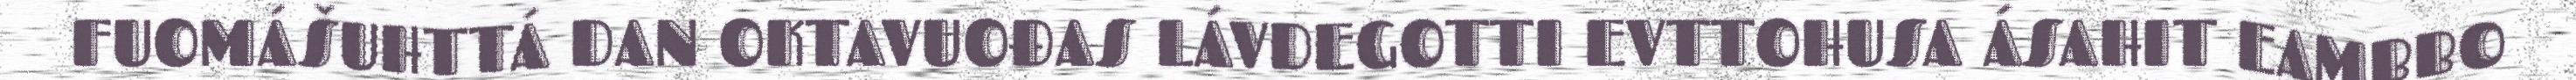
FUOMÁŠUHTTÁ DAN OKTAVUOĐAS LÁVDEGOTTI EVTTOHUSA ÁSAHIT EAMBBO